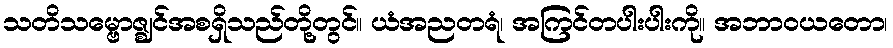
သတိသမ္ဗောဇ္ဈင်အစရှိသည်တို့တွင်။ ယံအညတရံ၊ အကြင်တပါးပါးကို။ အဘာဝယတော၊